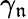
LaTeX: \gamma_{\mathfrak{n}}